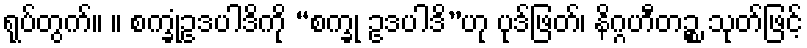
ရုပ်တွက်။ ။ စက္ခုံဥဒပါဒိကို “စက္ခု ဥဒပါဒိ”ဟု ပုဒ်ဖြတ်၊ နိဂ္ဂဟီတဉ္စ သုတ်ဖြင့်